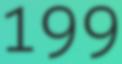
199